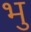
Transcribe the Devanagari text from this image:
भु